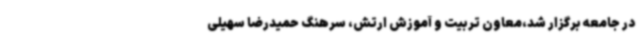
در جامعه برگزار شد،معاون تربیت و آموزش ارتش، سرهنگ حمیدرضا سهیلی